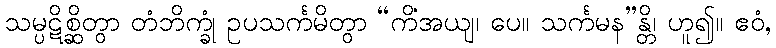
သမ္ပဋိစ္ဆိတွာ တံဘိက္ခုံ ဥပသင်္ကမိတွာ “ကိံအယျ၊ ပေ။ သင်္ကမန”န္တိ၊ ဟူ၍။ ဧဝံ,